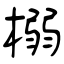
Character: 榒